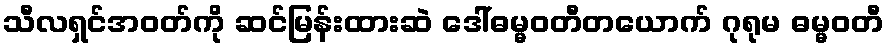
သီလရှင်အဝတ်ကို ဆင်မြန်းထားဆဲ ဒေါ်ဓမ္မဝတီတယောက် ဂုရုမ ဓမ္မဝတီ